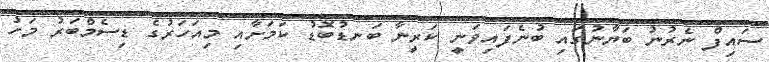
ސައިފް ނެރުނު ބަޔާނުގައި ބުނެފައިވަނީ ކަރީނާ ބަނޑުބޮޑު ކަމަށާއި މިއަހަރުގެ ޑިސެމްބަރު މަހު